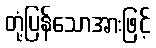
တုံ့ပြန်သောအားဖြင့်